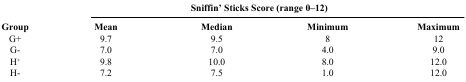
<table><thead><tr><td><b> </b></td><td colspan="4"><b>Sniffin’ Sticks Score (range 0–12)</b></td></tr><tr><td><b>Group</b></td><td><b>Mean</b></td><td><b>Median</b></td><td><b>Minimum</b></td><td><b>Maximum</b></td></tr></thead><tbody><tr><td>G+</td><td>9.7</td><td>9.5</td><td>8</td><td>12</td></tr><tr><td>G-</td><td>7.0</td><td>7.0</td><td>4.0</td><td>9.0</td></tr><tr><td>H<sup>+</sup></td><td>9.8</td><td>10.0</td><td>8.0</td><td>12.0</td></tr><tr><td>H-</td><td>7.2</td><td>7.5</td><td>1.0</td><td>12.0</td></tr></tbody></table>